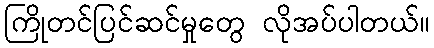
ကြိုတင်ပြင်ဆင်မှုတွေ လိုအပ်ပါတယ်။